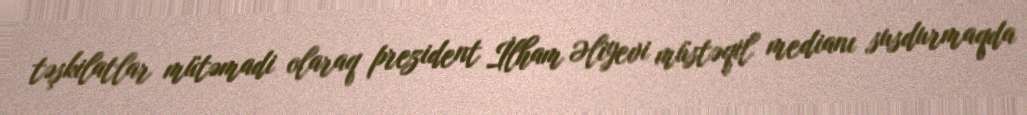
təşkilatlar mütəmadi olaraq prezident İlham Əliyevi müstəqil medianı susdurmaqda